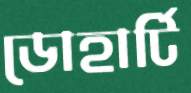
ডোহার্টি